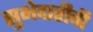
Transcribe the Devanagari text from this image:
सुभेदारीची